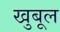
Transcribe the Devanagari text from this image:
खुबूल